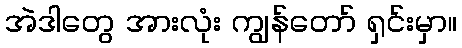
အဲဒါတွေ အားလုံး ကျွန်တော် ရှင်းမှာ။